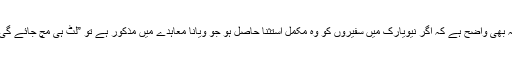
یہ بھی واضح ہے کہ اگر نیویارک میں سفیروں کو وہ مکمل استثنا حاصل ہو جو ویانا معاہدے میں مذکور ہے تو ”لٹ ہی مچ جائے گی!